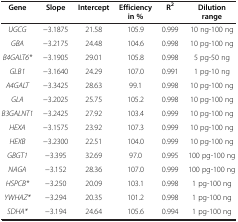
<table><thead><tr><td><b>Gene</b></td><td><b>Slope</b></td><td><b>Intercept</b></td><td><b>Efficiency in %</b></td><td><b>R<sup>2</sup></b></td><td><b>Dilution range</b></td></tr></thead><tbody><tr><td><i>UGCG</i></td><td>−3.1875</td><td>21.58</td><td>105.9</td><td>0.999</td><td>10 ng-100 ng</td></tr><tr><td><i>GBA</i></td><td>−3.2175</td><td>24.48</td><td>104.6</td><td>0.998</td><td>10 pg-100 ng</td></tr><tr><td><i>B4GALT6*</i></td><td>−3.1905</td><td>29.01</td><td>105.8</td><td>0.998</td><td>5 pg-50 ng</td></tr><tr><td><i>GLB1</i></td><td>−3.1640</td><td>24.29</td><td>107.0</td><td>0.991</td><td>1 pg-10 ng</td></tr><tr><td><i>A4GALT</i></td><td>−3.3425</td><td>28.63</td><td>99.1</td><td>0.998</td><td>10 pg-100 ng</td></tr><tr><td><i>GLA</i></td><td>−3.2025</td><td>25.75</td><td>105.2</td><td>0.998</td><td>10 pg-100 ng</td></tr><tr><td><i>B3GALNT1</i></td><td>−3.2425</td><td>27.92</td><td>103.4</td><td>0.999</td><td>10 pg-100 ng</td></tr><tr><td><i>HEXA</i></td><td>−3.1575</td><td>23.92</td><td>107.3</td><td>0.999</td><td>10 pg-100 ng</td></tr><tr><td><i>HEXB</i></td><td>−3.2300</td><td>22.51</td><td>104.0</td><td>0.999</td><td>10 pg-100 ng</td></tr><tr><td><i>GBGT1</i></td><td>−3.395</td><td>32.69</td><td>97.0</td><td>0.995</td><td>100 pg-100 ng</td></tr><tr><td><i>NAGA</i></td><td>−3.152</td><td>28.36</td><td>107.0</td><td>0.999</td><td>100 pg-100 ng</td></tr><tr><td><i>HSPCB*</i></td><td>−3.250</td><td>20.09</td><td>103.1</td><td>0.998</td><td>1 pg-100 ng</td></tr><tr><td><i>YWHAZ*</i></td><td>−3.294</td><td>20.35</td><td>101.2</td><td>0.998</td><td>1 pg-100 ng</td></tr><tr><td><i>SDHA*</i></td><td>−3.194</td><td>24.64</td><td>105.6</td><td>0.994</td><td>1 pg-100 ng</td></tr></tbody></table>